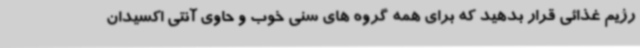
رژیم غذائی قرار بدهید که برای همه گروه های سنی خوب و حاوی آنتی اکسیدان